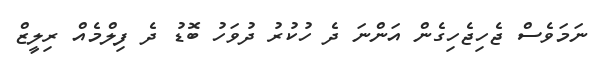
ނަމަވެސް ޖެހިޖެހިގެން އަންނަ ދެ ހުކުރު ދުވަހު ބޮޑު ދެ ފިލްމެއް ރިލީޒް